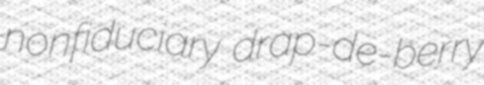
nonfiduciary drap-de-berry